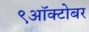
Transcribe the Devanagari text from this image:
९ऑक्टोबर